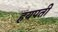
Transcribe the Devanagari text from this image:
हयपती